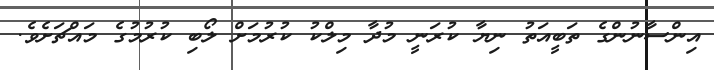
އިންސާނުންގެ ތަބީއަތު ނިޔާ ކުރަނީ މުދާ މިލްކު ކުރުމަށް ލޯބި ކުރުމުގެ މައްޗަށެވެ.